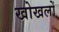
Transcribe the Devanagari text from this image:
खोखलों